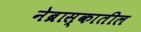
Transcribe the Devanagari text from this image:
नेब्रास्कातील